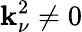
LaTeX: \mathbf{k}_{\nu}^{2}\neq0